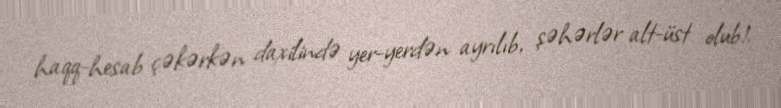
haqq-hesab çəkərkən daxilində yer-yerdən ayrılıb, şəhərlər alt-üst olub!.